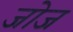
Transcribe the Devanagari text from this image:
जोज